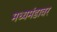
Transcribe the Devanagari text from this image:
मध्यमंडावर